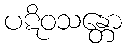
ပဋိဝသန္တော